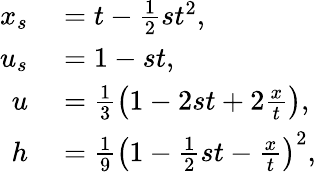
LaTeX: \begin{array}{rl}{x_{s}}&{{}=t-\frac{1}{2}st^{2},}\\ {u_{s}}&{{}=1-st,}\\ {u}&{{}=\frac{1}{3}\left(1-2st+2\frac{x}{t}\right),}\\ {h}&{{}=\frac{1}{9}\left(1-\frac{1}{2}st-\frac{x}{t}\right)^{2},}\end{array}